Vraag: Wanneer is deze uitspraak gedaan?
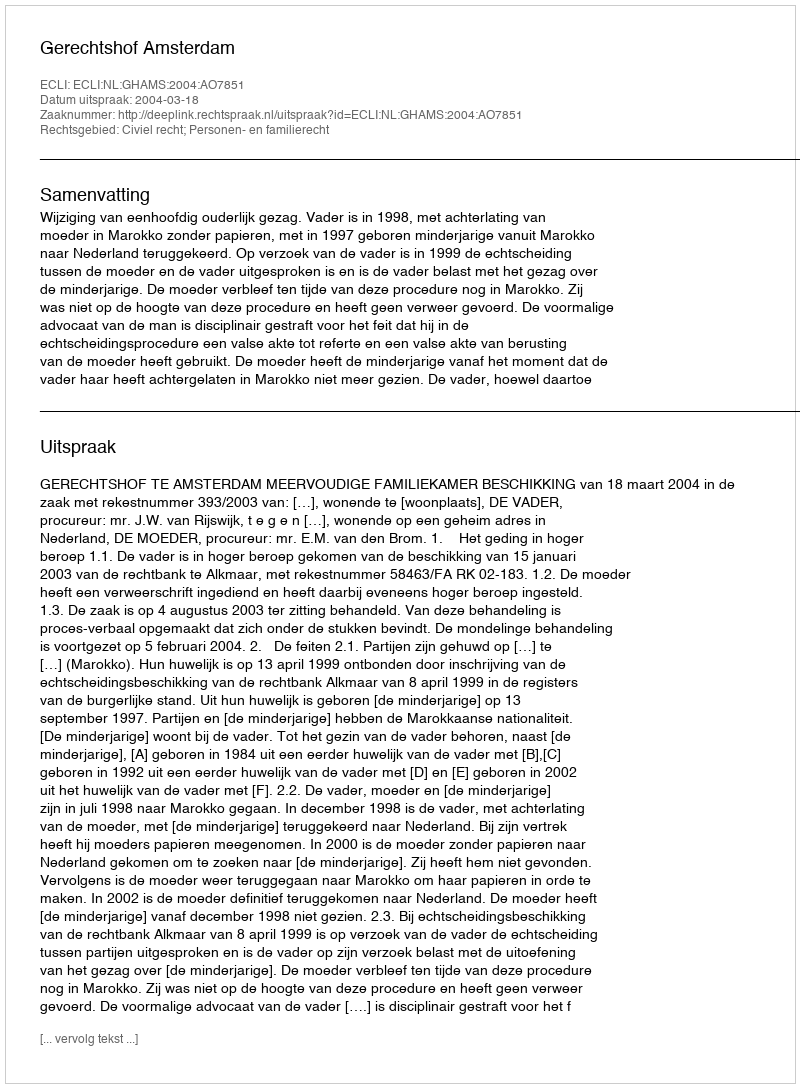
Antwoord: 2004-03-18